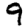
Digit: 9